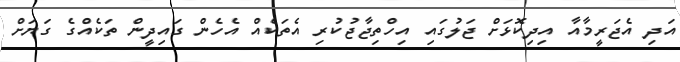
އަދި އެޖަރީމާއާ އިދިކޮޅަށް ޖަލުގައި އިހްތިޖާޖުކުރި އެތަކެއް އެހެން ގައިދީން ތަކެއްގެ ގަޔަށް